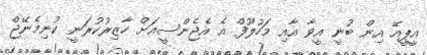
އީޕީއޭ އިން ބުނީ އީވާ އާއި މަހުލޫފް އެ އެޖެންސީއަށް ހާޒިރުކުރަނީ ކުނިމެނޭޖް